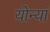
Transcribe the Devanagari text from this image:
योन्यां